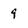
Character: 9